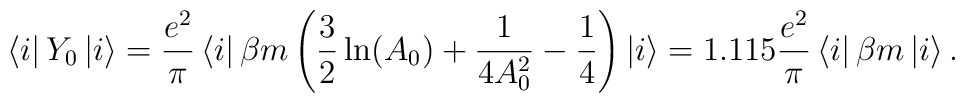
\left\langle i\right|Y_0 \left| i \right\rangle =\frac {e^2}\pi\left\langle i \right| \beta m \left( \frac 32\ln(A_0) +\frac 1{4A_0^2} - \frac 14\right)\left| i \right\rangle = 1.115\frac{e^2}\pi\left\langle i \right|\beta m\left| i \right\rangle.